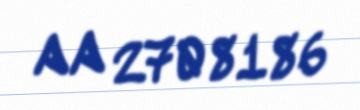
AA 2708186